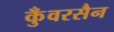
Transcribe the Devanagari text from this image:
कुँवरसैन